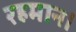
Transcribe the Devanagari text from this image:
रहमान।